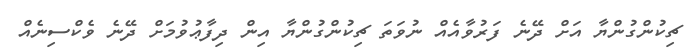
ޗިކުންގުންޔާ އަށް ދޭނެ ފަރުވާއެއް ނުވަތަ ޗިކުންގުންޔާ އިން ދިފާޢުވުމަށް ދޭނެ ވެކްސިނެއް